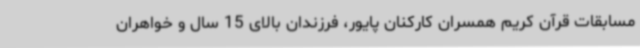
مسابقات قرآن کریم همسران کارکنان پایور، فرزندان بالای 15 سال و خواهران